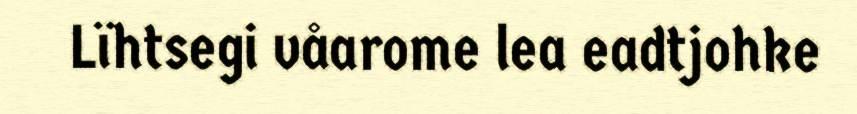
Lïhtsegi våarome lea eadtjohke